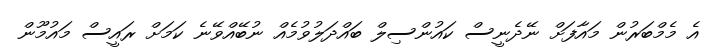
އެ މެމްބަރުން މައާފަށް ނޭދެނީސް ކައުންސިލް ބައްދަލުވުމެއް ނުބޭއްވޭނެ ކަމަށް ރައީސް މައުމޫން